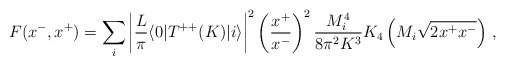
\begin{align*}F(x^-,x^+)=\sum_i\left|{L \over \pi} \langle 0 | T^{++}(K) |i \rangle \right|^2\left({x^+ \over x^-}\right)^2 {M_i^4 \over 8 \pi^2 K^3}K_4\left(M_i\sqrt{2 x^+ x^-}\right)\,,\end{align*}